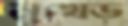
মুখেড়